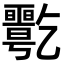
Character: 𠄋